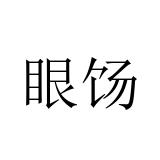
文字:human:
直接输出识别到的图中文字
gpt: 眼饧